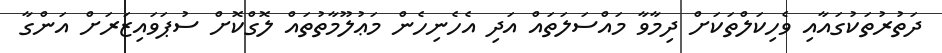
ދަތުރުތަކުގައާއި ވެހިކަލްތަކަށް ދިމާވާ މައްސަލަތައް އަދި އެހެނިހެން މަޢުލޫމާތުތައް ލޮގްކޮށް ސުޕަވައިޒަރަށް އަންގާ